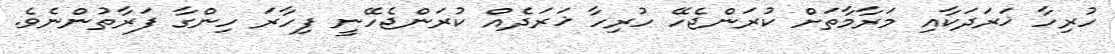
ހުރިހާ ޚަރަދަކާއި މަރާމާތަށް ކުރަންޖެހޭ ހުރިހާ ޚަރަދެއް ކުރަންޖެހޭނީ ފިހާރަ ހިންގާ ފަރާތުންނެވެ.